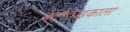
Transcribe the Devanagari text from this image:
नातेवाइकाला